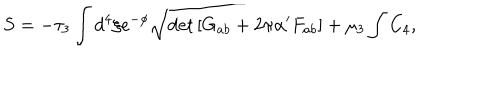
LaTeX: S = - \tau _ { 3 } \int d ^ { 4 } \xi e ^ { - \phi } \sqrt { \det \left[ G _ { a b } + 2 \pi \alpha ^ { \prime } F _ { a b } \right] } + \mu _ { 3 } \int C _ { 4 } ,